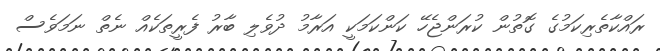
ރައްކާތެރިކަމުގެ ގޮތުން ކުރަންޖެހޭ ކަންކަމަކީ އަރާމު ދުވެލި ބާރު ފެރީތަކެއް ނެތް ނަމަވެސް